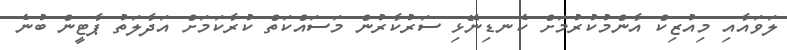
ލަވައާއި މިއުޒިކް އާންމުކުރުމަށް ކެނޑިނޭޅި ސަރުކާރުން މަސައްކަތް ކުރާކަމަށް އަދާލަތު ޕާޓީން ބުނެ